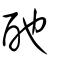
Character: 酏